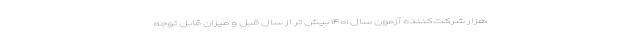
هزار شرکت‌کننده آزمون سال ۱۴۰۱ بیش تر از سال قبل و میزان قابل توجه